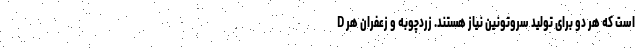
D است که هر دو برای تولید سروتونین نیاز هستند. زردچوبه و زعفران هر